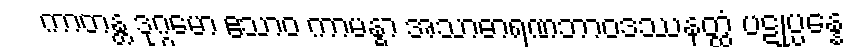
ကာတန္တ ဒုဂ္ဂမော ဧသာဝ ကာမန္ဓာ အသာဓာရဏဘာဝဒဿနတ္ထံ ပဋုပ္ပန္နေ